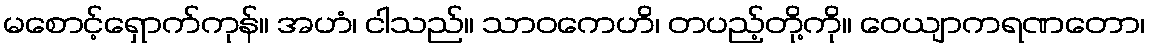
မစောင့်ရှောက်ကုန်။ အဟံ၊ ငါသည်။ သာဝကေဟိ၊ တပည့်တို့ကို။ ဝေယျာကရဏတော၊